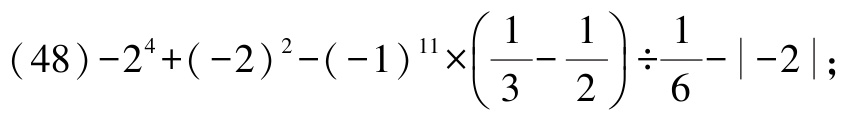
\((48)-2^{4}+(-2)^{2}-(-1)^{11}\times\left(\dfrac{1}{3}-\dfrac{1}{2}\right)\div\dfrac{1}{6}-\vert -2\vert;\)